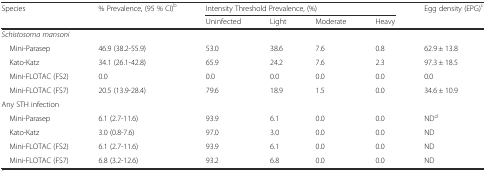
| Species | % Prevalence, (95 % CI)b | <COLSPAN=4> Intensity Threshold Prevalence, (%) | Egg density (EPG)c |
 |  |  | Uninfected | Light | Moderate | Heavy |  |
 | --- | --- | --- | --- | --- | --- | --- |
 | Schistosoma mansoni |  |  |  |  |  |  |
 | Mini-Parasep | 46.9 (38.2-55.9) | 53.0 | 38.6 | 7.6 | 0.8 | 62.9 ± 13.8 |
 | Kato-Katz | 34.1 (26.1-42.8) | 65.9 | 24.2 | 7.6 | 2.3 | 97.3 ± 18.5 |
 | Mini-FLOTAC (FS2) | 0.0 | 0.0 | 0.0 | 0.0 | 0.0 | 0.0 |
 | Mini-FLOTAC (FS7) | 20.5 (13.9-28.4) | 79.6 | 18.9 | 1.5 | 0.0 | 34.6 ± 10.9 |
 | Any STH infection |  |  |  |  |  |  |
 | Mini-Parasep | 6.1 (2.7-11.6) | 93.9 | 6.1 | 0.0 | 0.0 | NDd |
 | Kato-Katz | 3.0 (0.8-7.6) | 97.0 | 3.0 | 0.0 | 0.0 | ND |
 | Mini-FLOTAC (FS2) | 6.1 (2.7-11.6) | 93.9 | 6.1 | 0.0 | 0.0 | ND |
 | Mini-FLOTAC (FS7) | 6.8 (3.2-12.6) | 93.2 | 6.8 | 0.0 | 0.0 | ND |